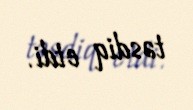
təsdiq etdi.